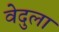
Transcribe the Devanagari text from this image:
वेदुला